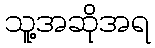
သူ့အဆိုအရ